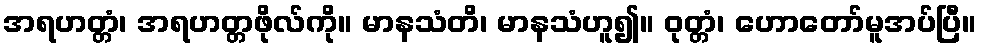
အရဟတ္တံ၊ အရဟတ္တဖိုလ်ကို။ မာနသံတိ၊ မာနသံဟူ၍။ ဝုတ္တံ၊ ဟောတော်မူအပ်ပြီ။